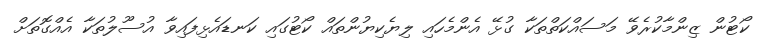
ކޯޓުން ޒިންމާކުރެވޭ މަސައްކަތްތަކާ ގުޅޭ އެންމެހައި ލިޔެކިޔުންތައް ކޯޓުގައި ކަނޑައެޅިފައިވާ އުސޫލުތަކާ އެއްގޮތަށް